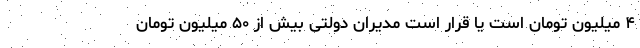
۴ میلیون تومان است یا قرار است مدیران دولتی بیش از ۵۰ میلیون تومان